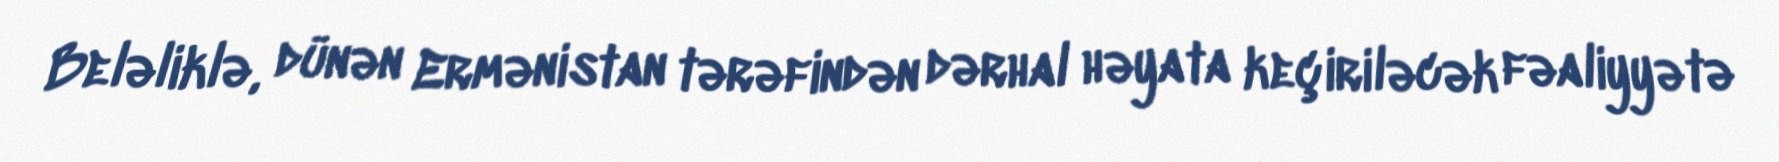
Beləliklə, dünən Ermənistan tərəfindən dərhal həyata keçiriləcək fəaliyyətə